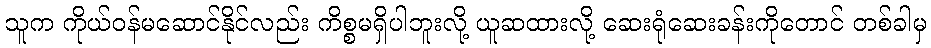
သူက ကိုယ်ဝန်မဆောင်နိုင်လည်း ကိစ္စမရှိပါဘူးလို့ ယူဆထားလို့ ဆေးရုံဆေးခန်းကိုတောင် တစ်ခါမှ